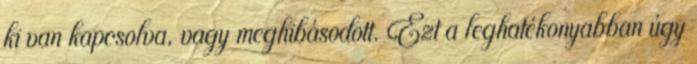
ki van kapcsolva, vagy meghibásodott. Ezt a leghatékonyabban úgy